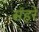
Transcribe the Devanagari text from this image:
संहरे